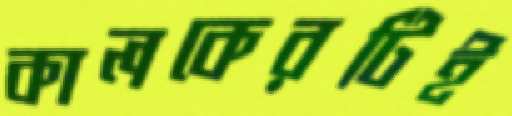
কালকেরটিই